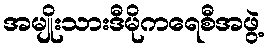
အမျိုးသားဒီမိုကရေစီအဖွဲ့